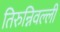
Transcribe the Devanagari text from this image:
तिरुन्निवल्ली